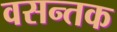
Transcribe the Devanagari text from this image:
वसन्तक